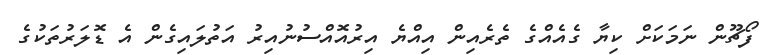
ފޯޗޫން ނަމަކަށް ކިޔާ ގެއެއްގެ ތެރެއިން އިއްޔެ އިރުއޮއްސުނުއިރު އަތުލައިގެން އެ ޑޮލަރުތަކުގެ